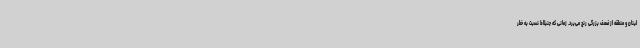
لبنان و منطقه از ضعف بزرگی رنج می‌برد. زمانی که جنبلاط نسبت به خطر